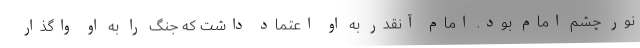
نور چشم امام بود. امام آنقدر به او اعتماد داشت که جنگ را به او واگذار